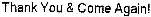
THANK YOU & COME AGAIN!